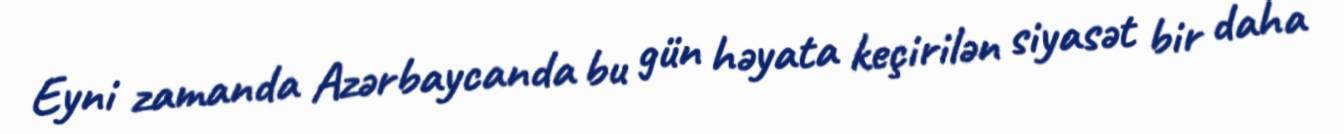
Eyni zamanda Azərbaycanda bu gün həyata keçirilən siyasət bir daha